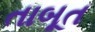
તાબૂત